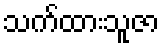
သက်ထားသူဇာ